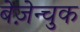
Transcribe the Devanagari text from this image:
बेज़ेन्चुक